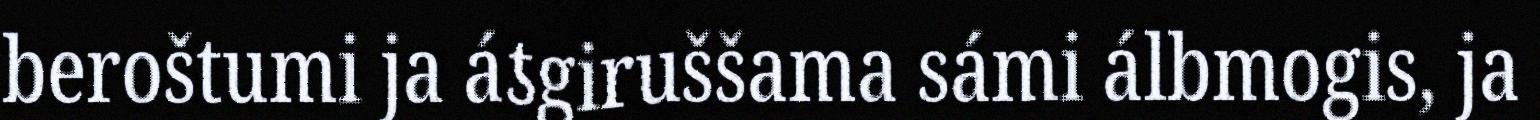
beroštumi ja áƾgiruššama sámi álbmogis, ja